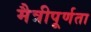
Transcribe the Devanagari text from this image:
मैत्रीपूर्णता